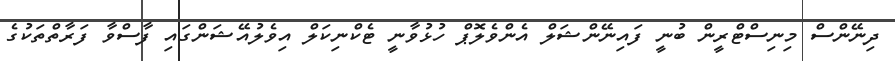
ދިނޭންސް މިނިސްޓްރީން ބުނީ ފައިނޭންޝަލް އެންވެލޮޕް ހުޅުވާނީ ޓެކްނިކަލް އިވެލުއޭޝަންގައި ފާސްވާ ފަރާތްތަކުގެ